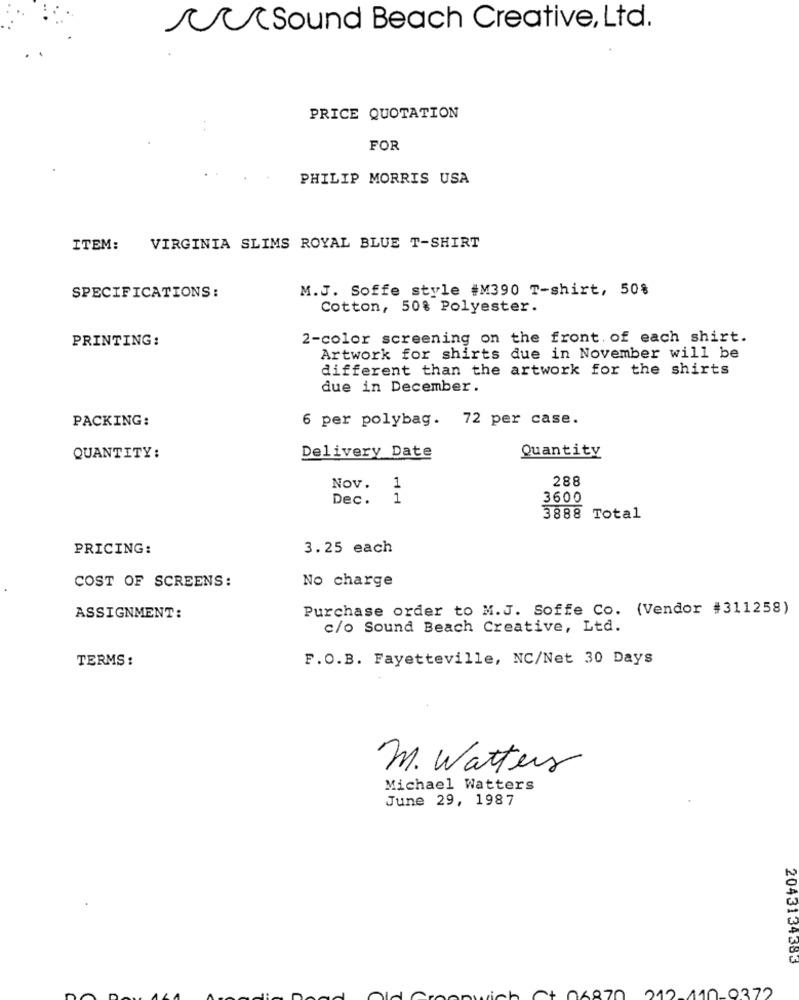
Sound Beach Creative, Ltd.
PRICE QUOTATION
FOR
PHILIP MORRIS USA
ITEM:
VIRGINIA SLIMS ROYAL BLUE T-SHIRT
M.J. Soffe style #M390 T-shirt, 50%
SPECIFICATIONS:
Cotton, 50% Polyester.
PRINTING:
2-color screening on the front. of each shirt.
Artwork for shirts due in November will be
different than the artwork for the shirts
due in December.
PACKING:
6 per polybag. 72 per case.
Quantity
QUANTITY:
Delivery Date
288
Nov. 1
Dec.
1
3600
3888 Total
PRICING:
3.25 each
No charge
COST OF SCREENS:
Purchase order to M.J. Soffe Co. (Vendor #311258)
ASSIGNMENT:
c/o Sound Beach Creative, Ltd.
TERMS :
F.O.B. Fayetteville, NC/Net 30 Days
M. Watters
Michael Watters
June 29, 1987
2043134383
110-9372